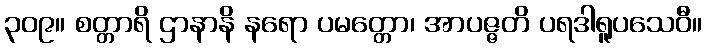
၃၀၉။ စတ္တာရိ ဌာနာနိ နရော ပမတ္တော၊ အာပဇ္ဇတိ ပရဒါရူပသေဝီ။